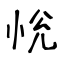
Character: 恱